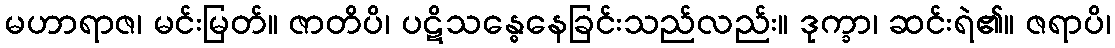
မဟာရာဇ၊ မင်းမြတ်။ ဇာတိပိ၊ ပဋိသန္ဓေနေခြင်းသည်လည်း။ ဒုက္ခာ၊ ဆင်းရဲ၏။ ဇရာပိ၊